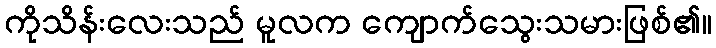
ကိုသိန်းလေးသည် မူလက ကျောက်သွေးသမားဖြစ်၏။